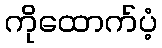
ကိုထောက်ပံ့